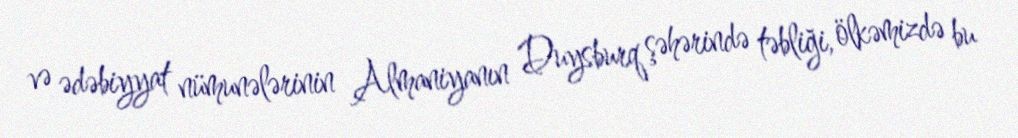
və ədəbiyyat nümunələrinin Almaniyanın Duysburq şəhərində təbliği, ölkəmizdə bu